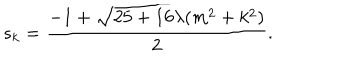
LaTeX: s _ { k } = \frac { - 1 + \sqrt { 2 5 + 1 6 \lambda ( m ^ { 2 } + k ^ { 2 } ) } } { 2 } .